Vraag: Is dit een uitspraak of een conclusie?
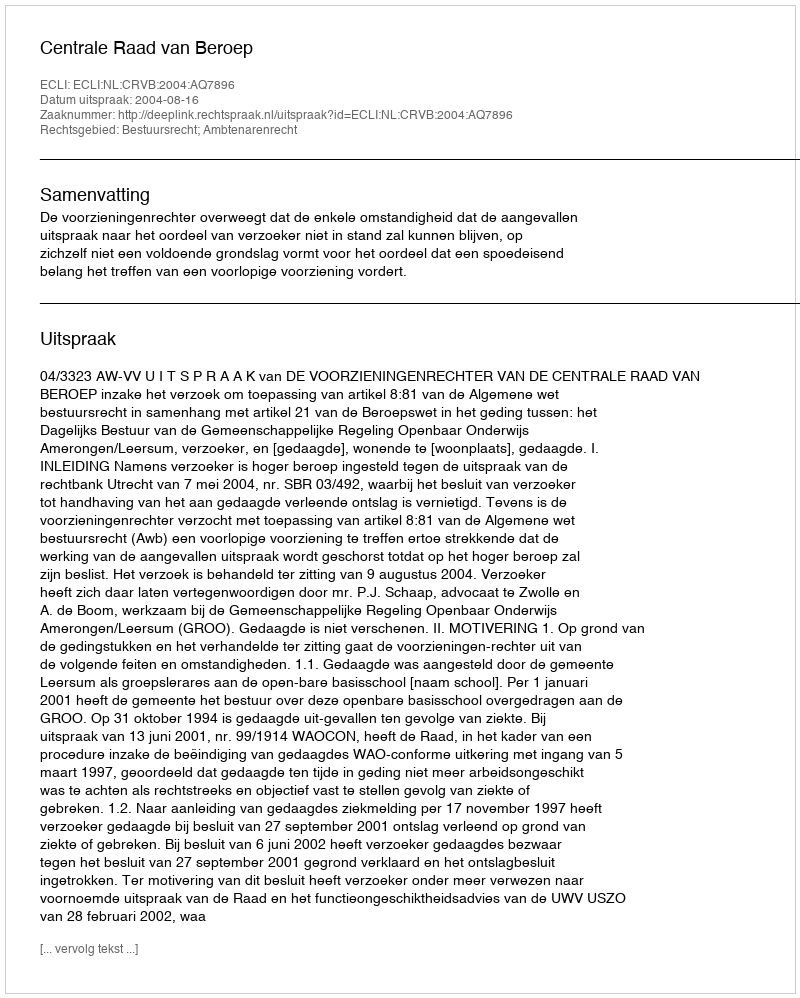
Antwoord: Uitspraak